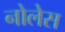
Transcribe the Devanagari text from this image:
नोलेस